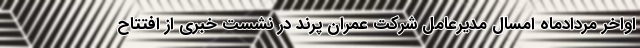
اواخر مردادماه امسال مدیرعامل شرکت عمران پرند در نشست خبری از افتتاح